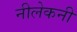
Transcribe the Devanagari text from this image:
नीलेकनी